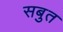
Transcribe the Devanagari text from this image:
सबुत